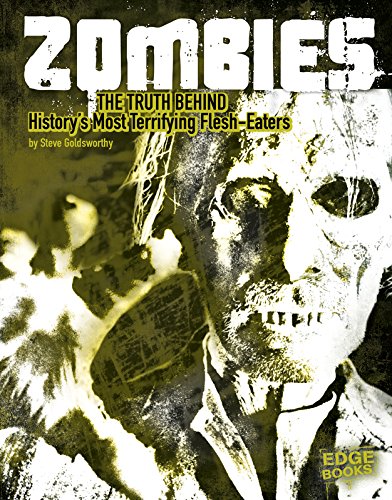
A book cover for Zombies: The Truth Behind History's Terrifying Flesh-Eaters (Monster Handbooks); Steve Goldsworthy; Children's Books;